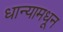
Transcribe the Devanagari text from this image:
धान्यामधून